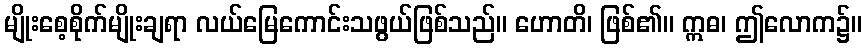
မျိုးစေ့စိုက်မျိုးချရာ လယ်မြေကောင်းသဖွယ်ဖြစ်သည်။ ဟောတိ၊ ဖြစ်၏။ ဣဓ၊ ဤလောက၌။